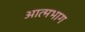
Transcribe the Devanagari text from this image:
आत्मभाग